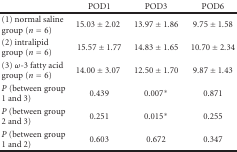
<table><thead><tr><td></td><td><b>POD1</b></td><td><b>POD3</b></td><td><b> POD6</b></td></tr></thead><tbody><tr><td>(1) normal saline group (<i>n</i> = 6)</td><td>15.03 ± 2.02</td><td>13.97 ± 1.86</td><td>9.75 ± 1.58</td></tr><tr><td>(2) intralipid group (<i>n</i> = 6)</td><td>15.57 ± 1.77</td><td>14.83 ± 1.65</td><td>10.70 ± 2.34</td></tr><tr><td>(3) <i>ω</i>-3 fatty acid group (<i>n</i> = 6)</td><td>14.00 ± 3.07</td><td>12.50 ± 1.70</td><td>9.87 ± 1.43</td></tr><tr><td><i>P</i> (between group 1 and 3)</td><td>0.439</td><td>0.007*</td><td>0.871</td></tr><tr><td><i>P</i> (between group 2 and 3)</td><td>0.251</td><td>0.015*</td><td>0.255</td></tr><tr><td><i>P</i> (between group 1 and 2)</td><td>0.603</td><td>0.672</td><td>0.347</td></tr></tbody></table>